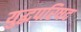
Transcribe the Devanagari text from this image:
युद्धपरिषद